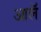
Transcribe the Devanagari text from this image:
आलॅ